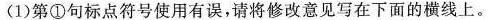
(1) 第①句标点符号使用有误，请将修改意见写在下面的横线上。